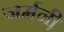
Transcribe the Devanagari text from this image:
जर्मनी़